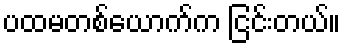
ပထမတစ်ယောက်က ငြင်းတယ်။